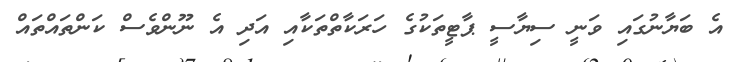
އެ ބަޔާނުގައި ވަނީ ސިޔާސީ ޕާޓީތަކުގެ ހަރަކާތްތަކާއި އަދި އެ ނޫންވެސް ކަންތައްތައް